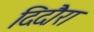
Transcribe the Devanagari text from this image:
दिदौरा